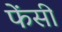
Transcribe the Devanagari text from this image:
फेंसी